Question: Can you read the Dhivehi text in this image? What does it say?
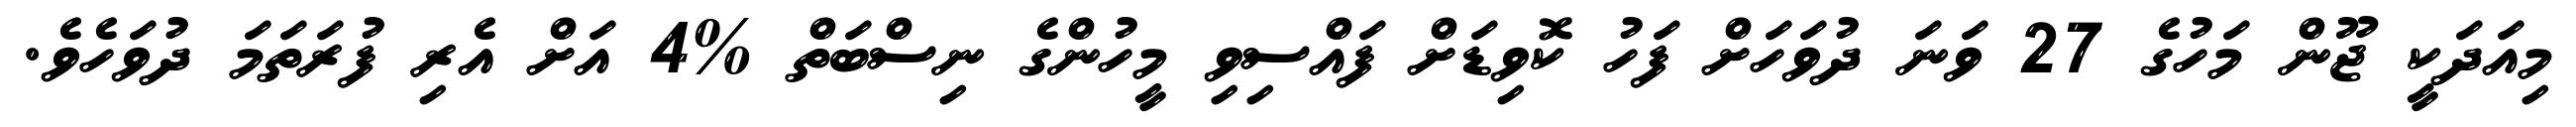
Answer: މިއަދަކީ ޖޫން މަހުގެ 27 ވަނަ ދުވަހަށް ފަހު ކޮވިޑަށް ފައްސިވި މީހުންގެ ނިސްބަތް %4 އަށް އެރި ފުރަތަމަ ދުވަހެވެ.